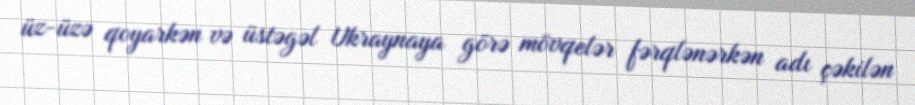
üz-üzə qoyarkən və üstəgəl Ukraynaya görə mövqelər fərqlənərkən adı çəkilən